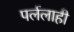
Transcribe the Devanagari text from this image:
पर्ललाही